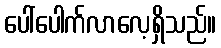
ပေါ်ပေါက်လာလေ့ရှိသည်။